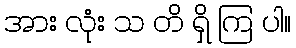
အား လုံး သ တိ ရှိ ကြ ပါ။